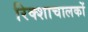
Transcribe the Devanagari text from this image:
रिक्शाचालकों